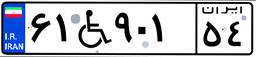
۶۱W۹۰۱۵۴